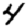
Digit: 4